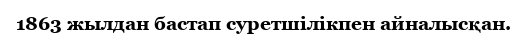
1863 жылдан бастап суретшілікпен айналысқан.